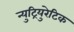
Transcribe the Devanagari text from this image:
न्युट्रियुरेटिक